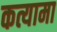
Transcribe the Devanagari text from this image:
कत्यामा